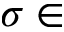
\sigma \in